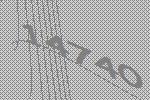
14740